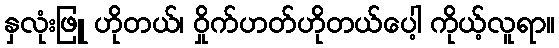
နှလုံးဖြူ ဟိုတယ်၊ ဝှိုက်ဟတ်ဟိုတယ်ပေါ့ ကိုယ့်လူရာ။